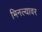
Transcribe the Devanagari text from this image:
भिनल्यावर